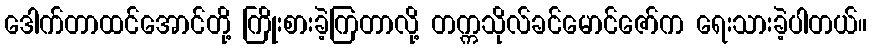
ဒေါက်တာထင်အောင်တို့ ကြိုးစားခဲ့ကြတာလို့ တက္ကသိုလ်ခင်မောင်ဇော်က ရေးသားခဲ့ပါတယ်။